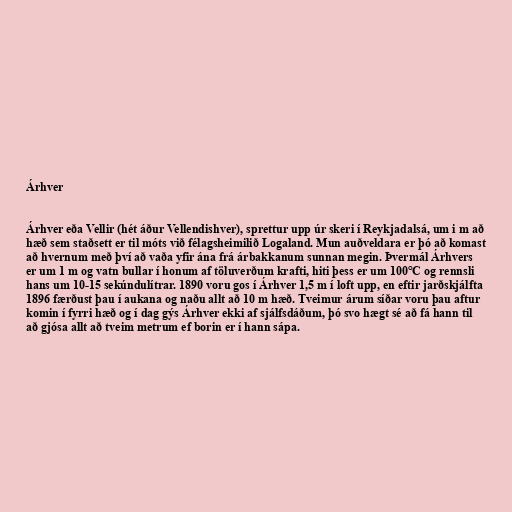
Árhver

Árhver eða Vellir (hét áður Vellendishver), sprettur upp úr skeri í Reykjadalsá, um i m að
hæð sem staðsett er til móts við félagsheimilið Logaland. Mun auðveldara er þó að komast
að hvernum með því að vaða yfir ána frá árbakkanum sunnan megin. Þvermál Árhvers
er um 1 m og vatn bullar í honum af töluverðum krafti, hiti þess er um 100°C og rennsli
hans um 10-15 sekúndulítrar. 1890 voru gos í Árhver 1,5 m í loft upp, en eftir jarðskjálfta
1896 færðust þau í aukana og naðu allt að 10 m hæð. Tveimur árum síðar voru þau aftur
komin í fyrri hæð og í dag gýs Árhver ekki af sjálfsdáðum, þó svo hægt sé að fá hann til
að gjósa allt að tveim metrum ef borin er í hann sápa.